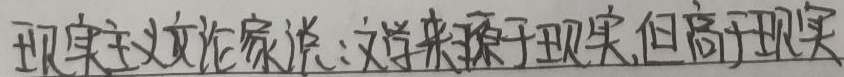
现实主义文论家说：文学来源于现实，但高于现实。